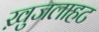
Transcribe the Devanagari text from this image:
ख़ुजलाहट